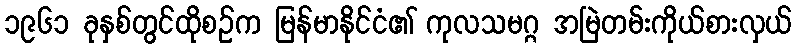
၁၉၆၁ ခုနှစ်တွင်ထိုစဉ်က မြန်မာနိုင်ငံ၏ ကုလသမဂ္ဂ အမြဲတမ်းကိုယ်စားလှယ်